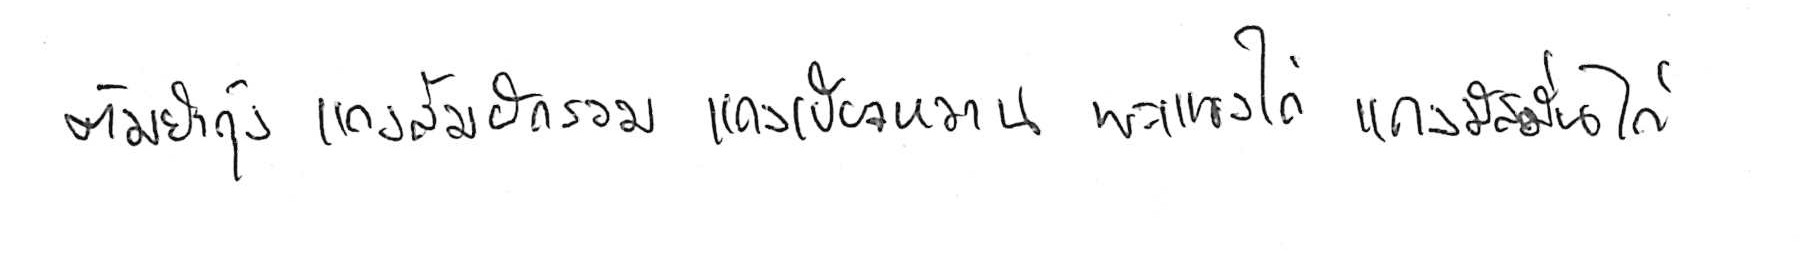
ต้มยำกุ้ง แกงส้มผักรวม แกงเขียวหวาน พะแนงไก่ แกงมัสมั่นไก่